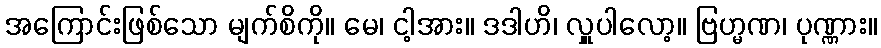
အကြောင်းဖြစ်သော မျက်စိကို။ မေ၊ ငါ့အား။ ဒဒါဟိ၊ လှူပါလော့။ ဗြဟ္မဏ၊ ပုဏ္ဏား။